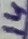
Text: 14